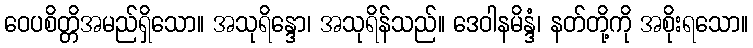
ဝေပစိတ္တိအမည်ရှိသော။ အသုရိန္ဒော၊ အသုရိန်သည်။ ဒေဝါနမိန္ဒံ၊ နတ်တို့ကို အစိုးရသော။